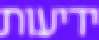
ידיעות